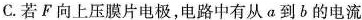
C.若F向上压膜片电极，电路中有从a到b的电流